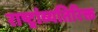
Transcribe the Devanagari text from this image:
राष्ट्रांव्यतिरिक्त